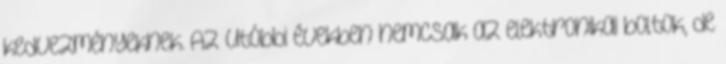
kedvezményeknek. Az utóbbi években nemcsak az elektronikai boltok, de